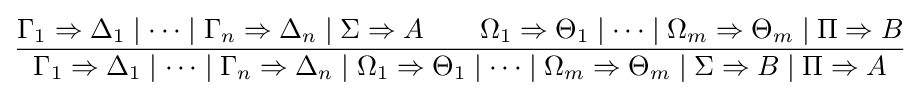
{\frac {\Gamma _{1}\Rightarrow \Delta _{1}\mid \dots \mid \Gamma _{n}\Rightarrow \Delta _{n}\mid \Sigma \Rightarrow A\qquad \Omega _{1}\Rightarrow \Theta _{1}\mid \dots \mid \Omega _{m}\Rightarrow \Theta _{m}\mid \Pi \Rightarrow B}{\Gamma _{1}\Rightarrow \Delta _{1}\mid \dots \mid \Gamma _{n}\Rightarrow \Delta _{n}\mid \Omega _{1}\Rightarrow \Theta _{1}\mid \dots \mid \Omega _{m}\Rightarrow \Theta _{m}\mid \Sigma \Rightarrow B\mid \Pi \Rightarrow A}}